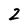
Character: 2